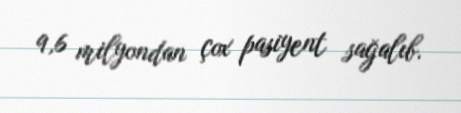
9,6 milyondan çox pasiyent sağalıb.